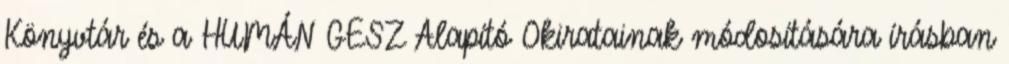
Könyvtár és a HUMÁN GESZ Alapító Okiratainak módosítására írásban